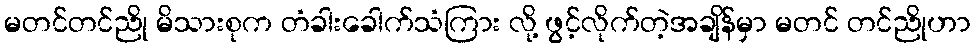
မတင်တင်ညို မိသားစုက တံခါးခေါက်သံကြား လို့ ဖွင့်လိုက်တဲ့အချိန်မှာ မတင် တင်ညိုဟာ